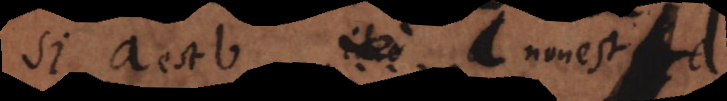
Si a est b et h non est e